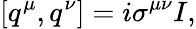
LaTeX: [q^{\mu},q^{\nu}]=i\sigma^{\mu\nu}I,